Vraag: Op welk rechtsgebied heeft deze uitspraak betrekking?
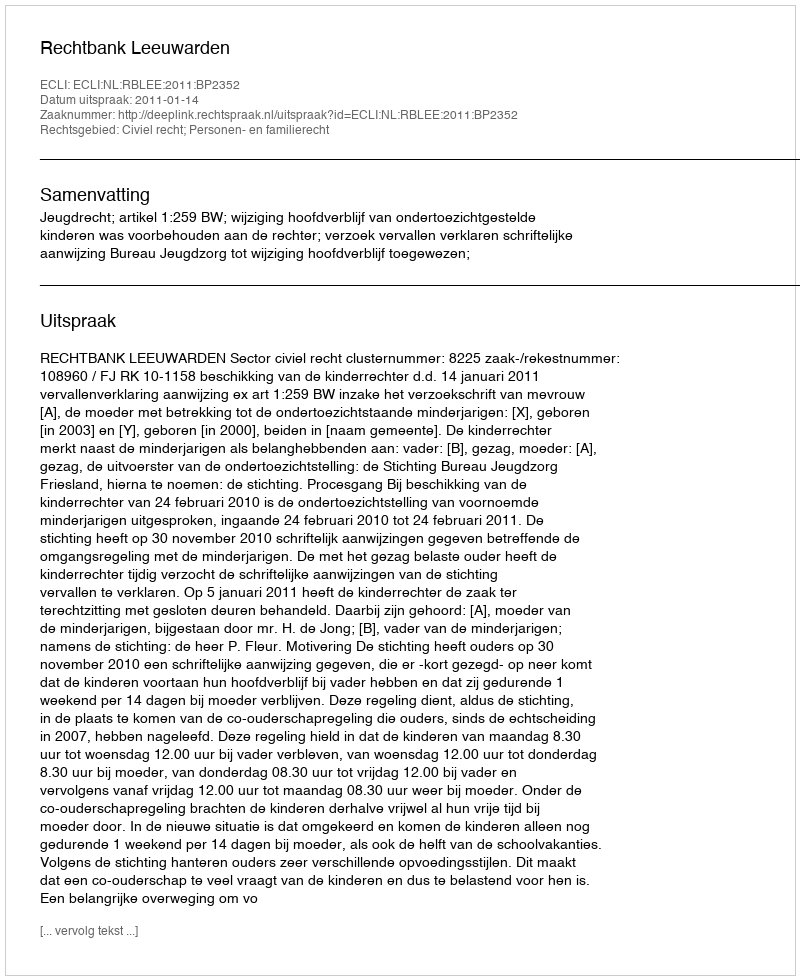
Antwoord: Civiel recht; Personen- en familierecht